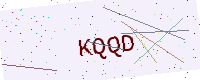
Text: KQQD